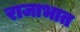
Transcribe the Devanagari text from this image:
राजाभात